King Institute of Preventive Medicine Micro-Biological Section reports 1909-11
Year: 1909
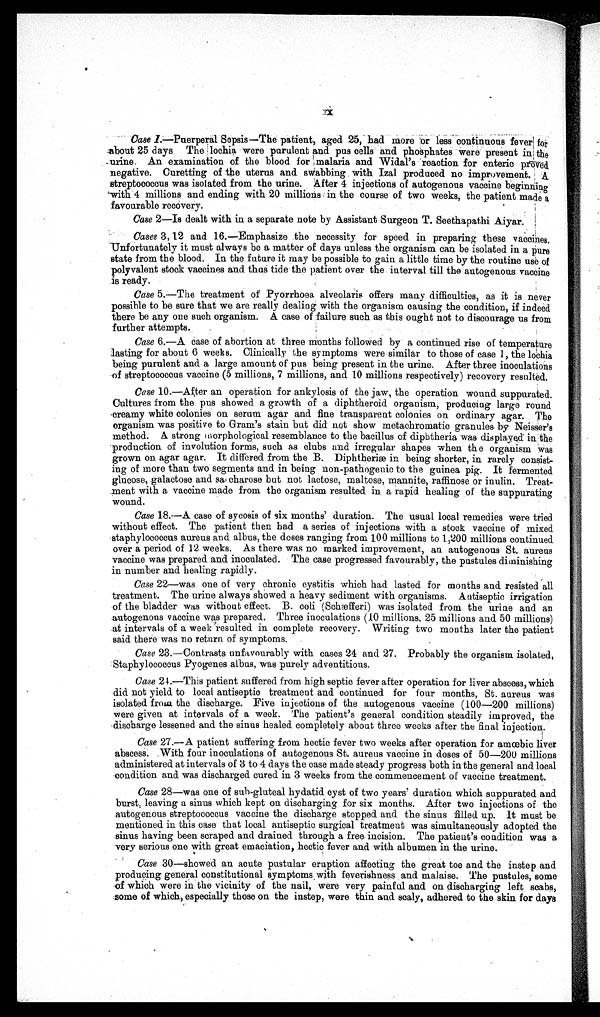
x x
Case 1.—Puerperal
Sepsis—The patient, aged 25, had more or less continuous fever ! for
about 25 days The lochia were purulent and pus cells and phosphates were present in the
urine. An examination of the blood for malaria and Widal's 'reaction for enteric proved
negative. Curetting of the uterus and swabbing with Izal produced no improvement. A
streptococcus was isolated from the urine. After 4 injections of autogenous vaccine beginning
with 4 millions and ending with 20 millions in the course of two weeks, the patient made a
favourable recovery.
Case 2—Is dealt with in a separate note by Assistant Surgeon T. Seethapathi Aiyar.
Cases 3,12 and 16.—Emphasize the necessity for speed in preparing these vaccines.
Unfortunately it must always be a matter of days unless the organism can be isolated in a pure
state from the blood. In the future it may be possible to gain a little time by the routine use of
polyvalent stock vaccines and thus tide the patient over the interval till the autogenous vaccine
is ready.
Case 5.—The treatment of Pyorrhoea alveolaris offers many difficulties, as it is never
possible to be sure that we are really dealing with the organism causing the condition, if indeed
there be any one such organism. A case of failure such as this ought not to discourage us from
further attempts.
Case 6.—A case of abortion at three months followed by a continued rise of temperature
lasting for about 6 weeks. Clinically the symptoms were similar to those of case 1, the lochia
being purulent and a large amount of pus being present in the urine. After three inoculations
of streptococcus vaccine (5 millions, 7 millions, and 10 millions respectively) recovery resulted.
Case 10.—After an operation for ankylosis of the jaw, the operation wound suppurated.
Cultures from the pus showed a growth of a diphtheroids organism, producing large round
creamy white colonies on serum agar and fine transparent colonies on ordinary agar. The
organism was positive to Gram's stain but did not show metachromatic granules by Neisser's
method. A strong norphological resemblance to the bacillus of diphtheria was displayed in the
production of involution forms, such as clubs and irregular shapes when the organism Was
grown on agar agar. It differed from the B. Diphtheri æ in being shorter, in rarely consist-
- i n g o f m o r e t h a n t w o s e g m e n t s a n d i n b e i n g n o n - p a t h o g e n i c t o t h e g u i n e a p i g . I t f e r m e n t e d
glucose, galactose and say charose but not lactose, maltose, mannite, raffinose or inulin. Treat-
ment with a vaccine made from the organism resulted in a rapid healing of the suppurating
wound.
Case 18.—A case of sycosis of six months' duration. The usual local remedies were tried
without effect. The patient then had a series of injections with a stock vaccine of mixed
staphylococcus aureas and albus, the doses ranging from 100 millions to 1,200 millions continued
over a period of 12 weeks. As there was no marked improvement, an autogenons St. aureus
vaccine was prepared and inoculated. The case progressed favourably, the pustules diminishing
in number and healing rapidly.
Case 22—was one of very chronic cystitis which had lasted for months and resisted all
treatment. The urine always showed a heavy sediment with organisms. Antiseptic irrigation
of the bladder was without effect. B. coli (Sch æfferi) was isolated from the urine and an
autogenous vaccine was prepared. Three inoculations (10 millions, 25 millions and 50 millions)
at intervals of a week resulted in complete recovery. Writing two months later the patient
said there was no return of symptoms.
Case 23.-Contrasts unfavourably with cases 24 and 27. Probably the organism isolated,
Staphylococcus Pyogenes albums, was purely adventitious.
Case 24.-This patient suffered from high septic fever after operation for liver abscess, which
did not yield to local antiseptic treatment and continued for four months, St. aureus was
isolated from the discharge. Five injections of the autogenous vaccine (100—200 millions)
were given at intervals of a week. The patient's general condition steadily improved, the
discharge lessened and the sinus healed completely about three weeks after the final injection.
Case 27.—A patient suffering from hectic fever two weeks after operation for amoebic liver
abscess. With four inoculations of autogenous St. aureus vaccine in doses of 50—200 millions
administered at intervals of 3 to 4 days the case made steady progress both in the general and local
condition and was discharged cured in 3 weeks from the commencement of vaccine treatment.
Case 28—was one of sub-gluteal hydatid cyst of two years' duration which suppurated and
burst, leaving a sinus which kept on discharging for six months. After two injections of the
autogenous streptococcus vaccine the discharge stopped and the sinus filled up. It must be
mentioned in this case that local antiseptic surgical treatment was simultaneously adopted the
sinus having been scraped and drained through a free, incision. The patient's condition was a
very serious one with great emaciation, hectic fever and with albumen in the urine.
Case 30—showed an acute pustular eruption affecting the great toe and the instep and
producing general constitutional symptoms with feverishness and malaise. The pustules, some
of which were in the vicinity of the nail, were very painful and on discharging left scabs,
some of which, especially those on the instep, were thin and scaly, adhered to the skin for days